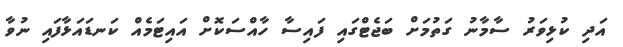
އަދި ކުޅިވަރު ސާމާނު ގަތުމަށް ބަޖެޓްގައި ފައިސާ ހާއްސަކޮށް އައިޓަމެއް ކަނޑައަޅާފައި ނުވާ